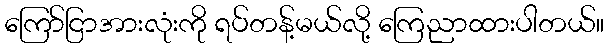
ကြော်ငြာအားလုံးကို ရပ်တန့်မယ်လို့ ကြေညာထားပါတယ်။